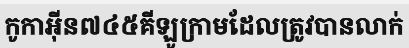
កូកាអ៊ីន៧៤៥គីឡូក្រាមដែលត្រូវបានលាក់